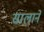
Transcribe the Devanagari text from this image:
सालाने